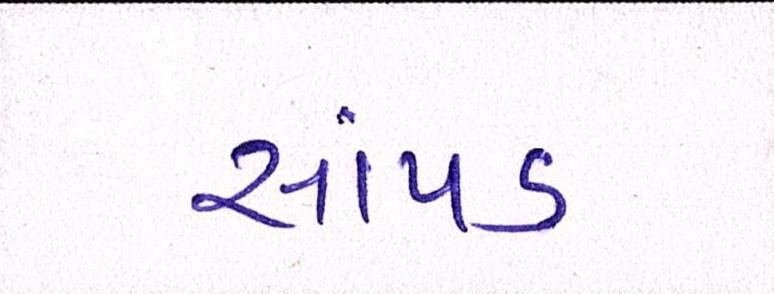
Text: સાંપડ